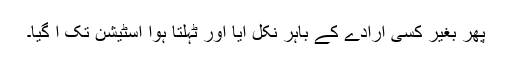
پھر بغیر کسی ارادے کے باہر نکل آیا اور ٹہلتا ہوا اسٹیشن تک آ گیا۔